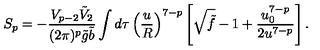
S _ { p } = - \frac { V _ { p - 2 } \tilde { V } _ { 2 } } { ( 2 \pi ) ^ { p } \tilde { g } \tilde { b } } \int d \tau \left( \frac { u } { R } \right) ^ { 7 - p } \left[ \sqrt { \tilde { f } } - 1 + \frac { u _ { 0 } ^ { 7 - p } } { 2 u ^ { 7 - p } } \right] .